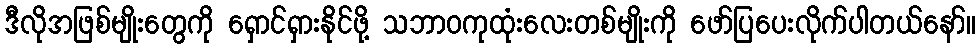
ဒီလိုအဖြစ်မျိုးတွေကို ရှောင်ရှားနိုင်ဖို့ သဘာဝကုထုံးလေးတစ်မျိုးကို ဖော်ပြပေးလိုက်ပါတယ်နော်။